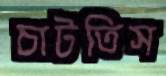
চাটতিস